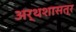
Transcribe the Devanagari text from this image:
अर्थशासत्र